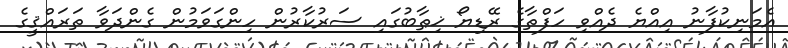
އެމަނިކުފާނު އިއްޔެ ދެއްވި ހަފްތާގެ ރޭޑިޔޯ ޚިޠާބުގައި ސަރުކާރުން ހިންގަވަމުން ގެންދަވާ ތަރައްޤީގެ